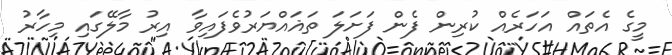
މީގެ އެތައް އަހަރެއް ކުރިން ފެން ފަށަލަ ތަޣައްޔަރުވެފައިވާ އިރު މާލޭގައި މިހާރު